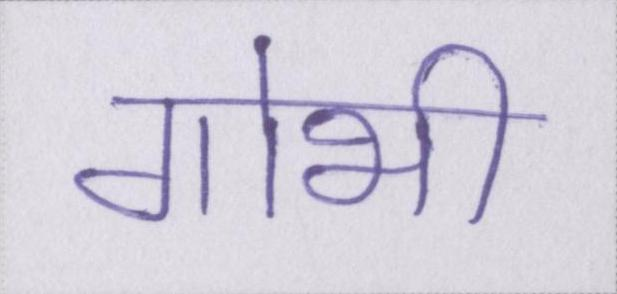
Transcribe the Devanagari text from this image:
गोभी